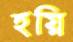
হয়ি